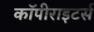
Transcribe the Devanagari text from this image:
कॉपीराइटर्स